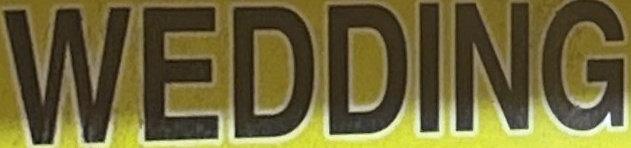
WEDDING